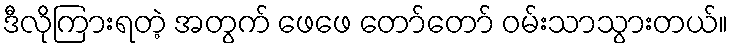
ဒီလိုကြားရတဲ့ အတွက် ဖေဖေ တော်တော် ဝမ်းသာသွားတယ်။